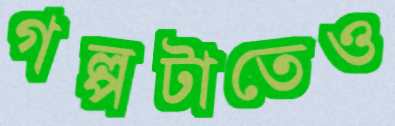
গল্পটাতেও